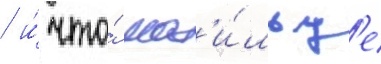
/ и́ что́ мат'и́льд'е